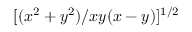
[ ( x ^ { 2 } + y ^ { 2 } ) / x y ( x - y ) ] ^ { 1 / 2 }